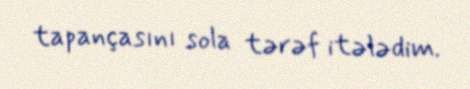
tapançasını sola tərəf itələdim.